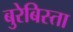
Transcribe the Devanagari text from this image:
बुरेबिस्ता